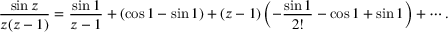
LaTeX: { \frac { \sin z } { z ( z - 1 ) } } = { \frac { \sin 1 } { z - 1 } } + ( \cos 1 - \sin 1 ) + ( z - 1 ) \left( - { \frac { \sin 1 } { 2 ! } } - \cos 1 + \sin 1 \right) + \cdots .